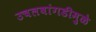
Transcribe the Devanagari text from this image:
उचलबांगडीमुळे